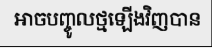
អាចបញ្ចូលថ្មឡើងវិញបាន